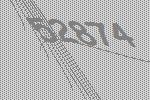
52874